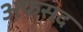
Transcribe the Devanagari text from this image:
अफसद